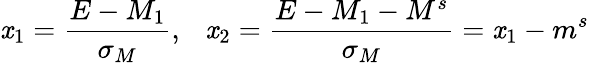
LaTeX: \mathit{x}_{1}=\frac{{E-M_{1}}}{{\sigma_{M}}},~~~\mathit{x}_{2}=\frac{{E-M_{1}-M^{s}}}{{\sigma_{M}}}=\mathit{x}_{1}-m^{s}